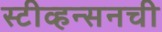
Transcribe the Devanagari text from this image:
स्टीव्हन्‍सनची